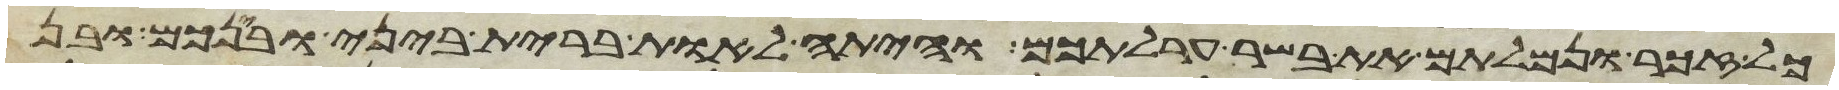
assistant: כל זכר ונמלתם את בשר ערלתכם והיתה לאות ברית ביני ובינכם ובן